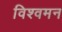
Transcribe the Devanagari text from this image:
विश्वमन